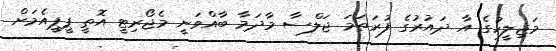
މަޖިލީހުގެ އާ ދައުރުގެ ފުރަތަމަ ޖަލްސާ މާދަމާ ބާއްވަނީ މެޖޯރިޓީ އޮތީ ޕީޕީއެމަށް